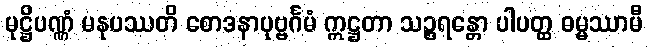
မုဋ္ဌိပဏ္ဏံ မနုပဿတိ စောဒနာပုဗ္ဗင်္ဂမံ ဣဋ္ဌတာ သဉ္စရန္တော ပါပတ္ထ ဓမ္မဿာမီ